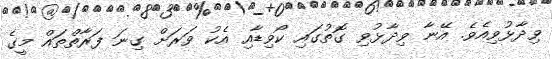
ވިދާޅުވިއެވެ. އޭނާ ވިދާޅުވި ގޮތުގައި ކޯވިޑާއި އެކު ވަރަށް ގިނަ ފަރާތްތައް މީގެ